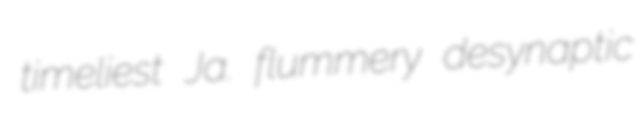
timeliest Ja. flummery desynaptic